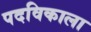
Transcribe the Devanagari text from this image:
पदविकाला